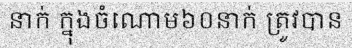
នាក់ ក្នុងចំណោម៦០នាក់ ត្រូវបាន